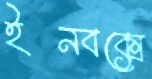
ইনবক্সে